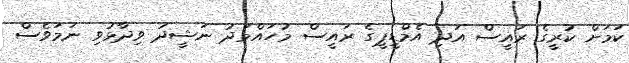
ކަމަށް ކުރީގެ ރައީސް އަދި އެމްޑީޕީގެ ރައީސް މުހައްމަދު ނަޝީދު ވިދާޅުވި ނަމަވެސް